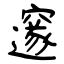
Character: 邃